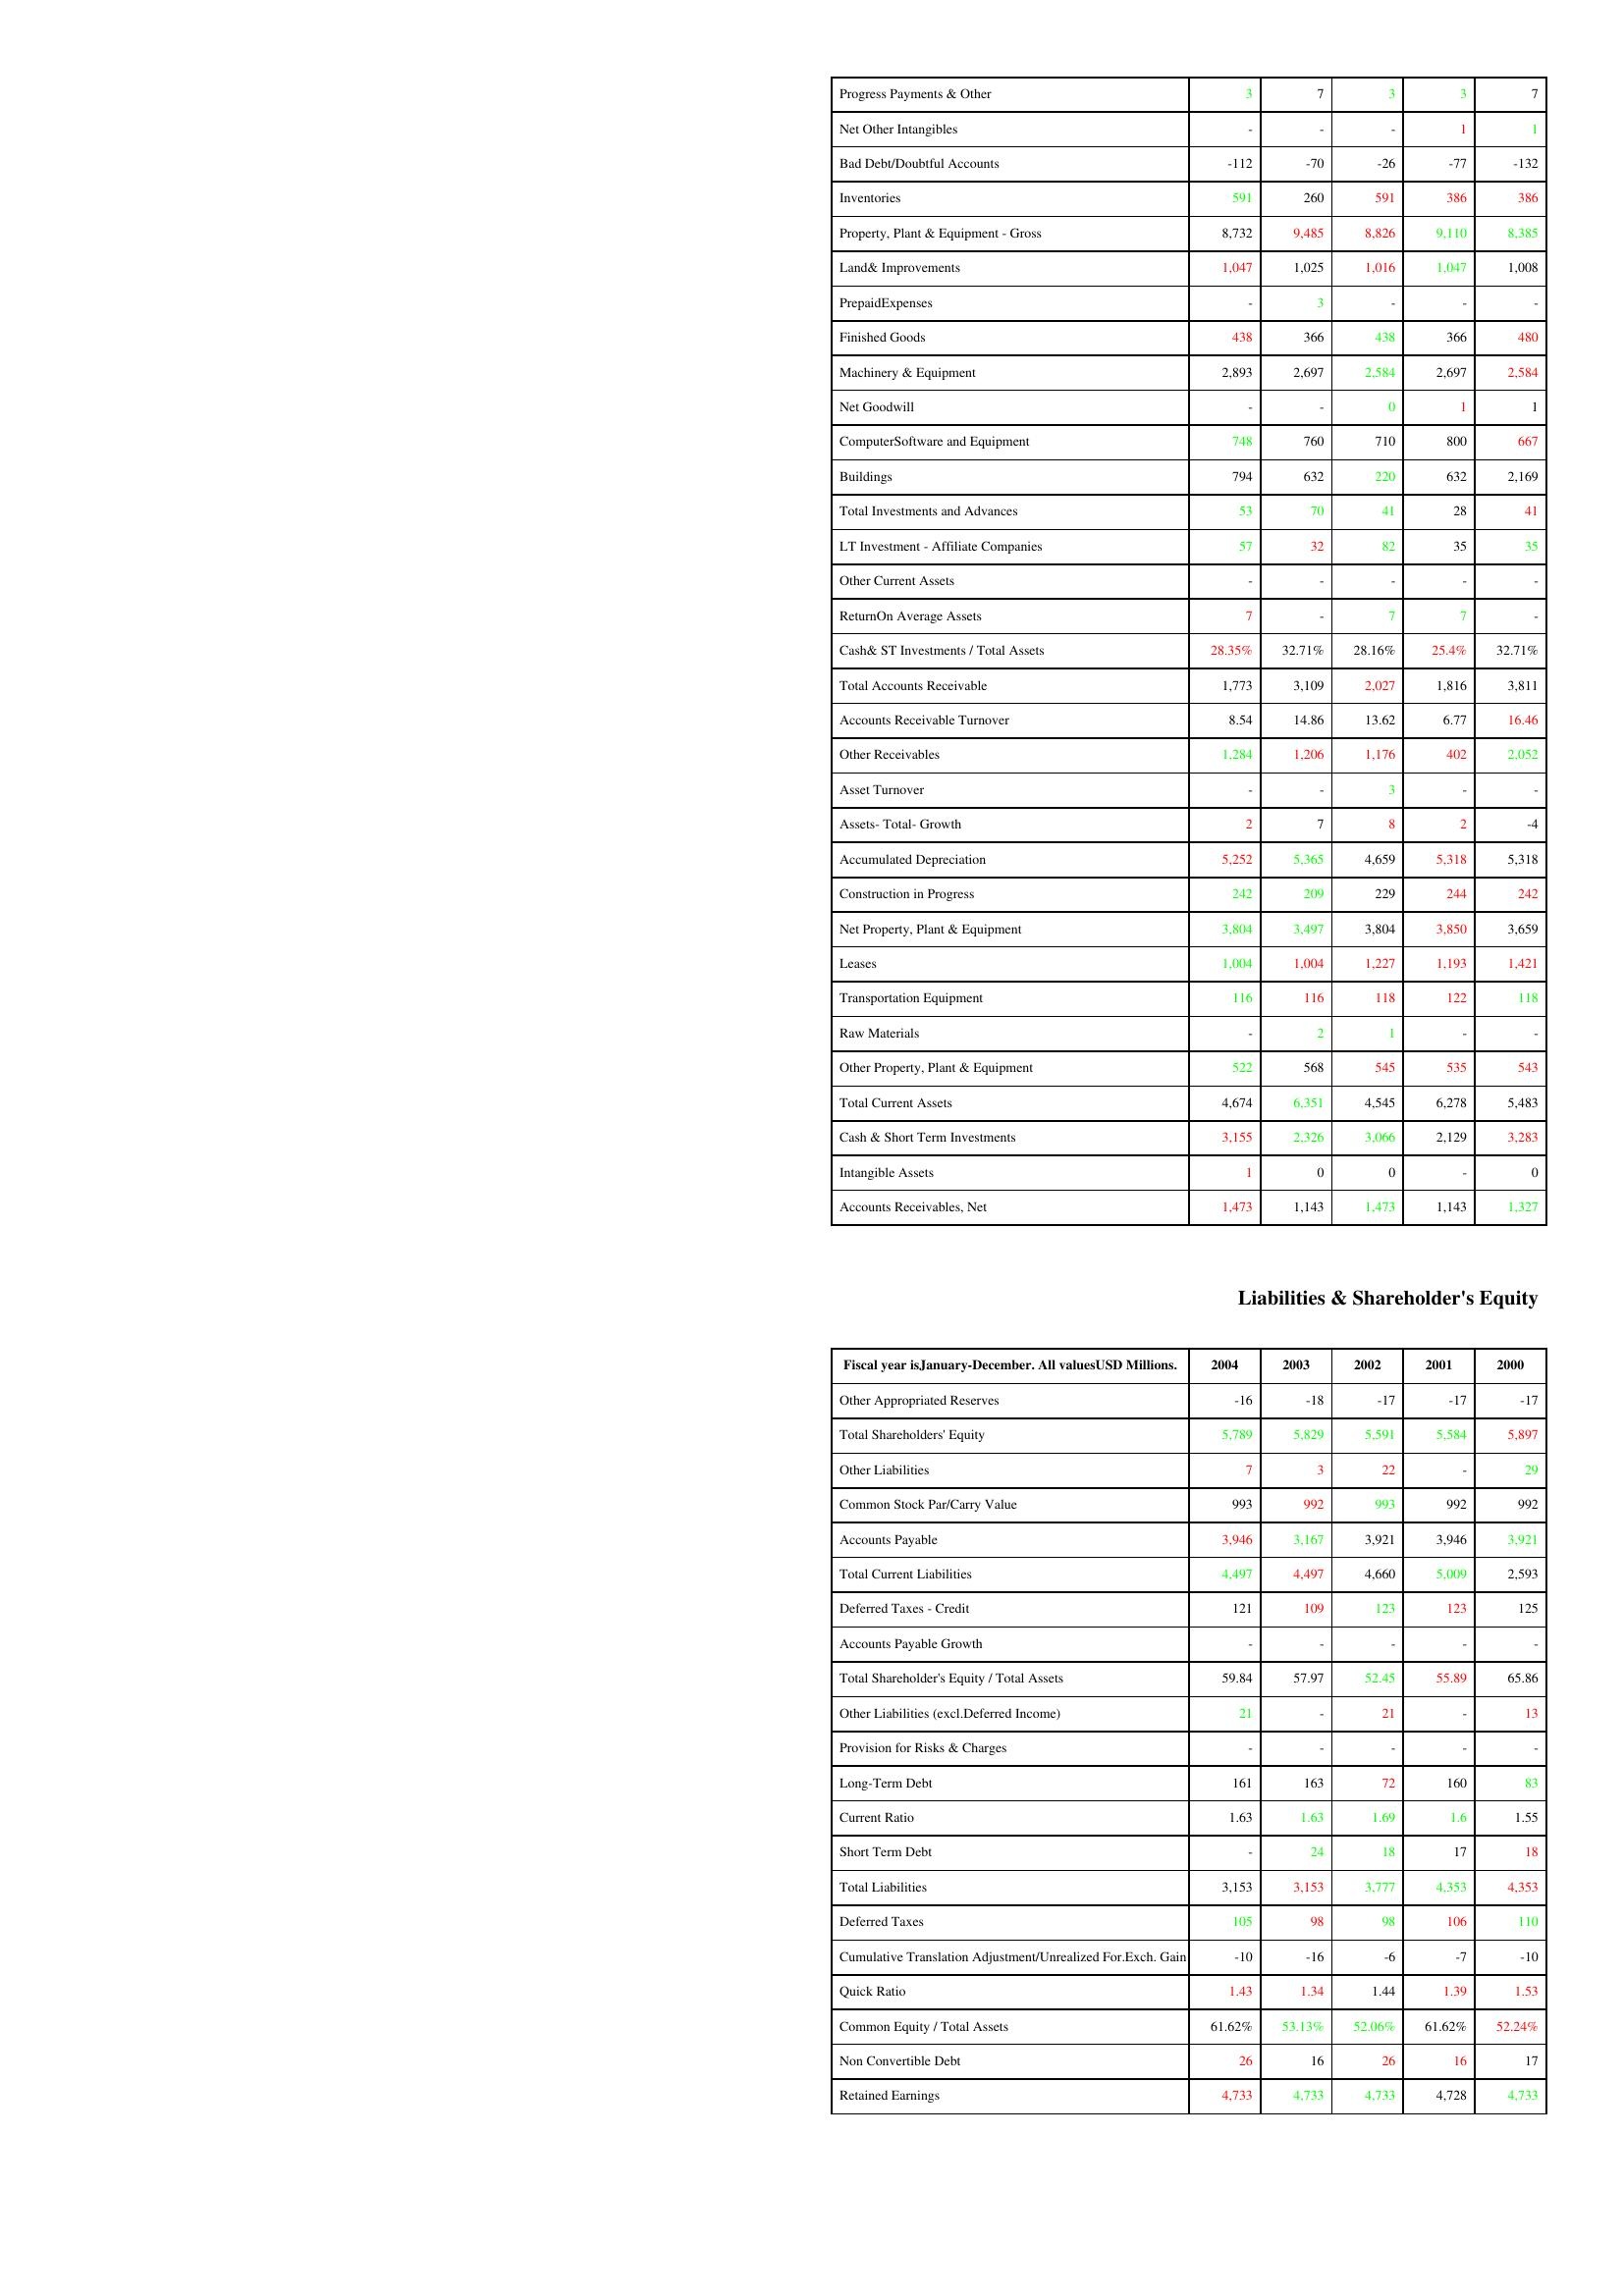
gt_parse: 2004: Assets: Progress Payments & Other: 3
Net Other Intangibles: -
Bad Debt/Doubtful Accounts: -112
Inventories: 591
Property, Plant & Equipment - Gross : 8,732
Land& Improvements: 1,047
PrepaidExpenses: -
Finished Goods: 438
Machinery & Equipment: 2,893
Net Goodwill: -
ComputerSoftware and Equipment: 748
Buildings: 794
Total Investments and Advances: 53
LT Investment - Affiliate Companies: 57
Other Current Assets: -
ReturnOn Average Assets: 7
Cash& ST Investments / Total Assets: 28.35%
Total Accounts Receivable: 1,773
Accounts Receivable Turnover: 8.54
Other Receivables: 1,284
Asset Turnover: -
Assets- Total- Growth: 2
Accumulated Depreciation: 5,252
Construction in Progress: 242
Net Property, Plant & Equipment: 3,804
Leases: 1,004
Transportation Equipment: 116
Raw Materials: -
Other Property, Plant & Equipment: 522
Total Current Assets: 4,674
Cash & Short Term Investments: 3,155
Intangible Assets: 1
Accounts Receivables, Net: 1,473
Liabilities & Shareholder's Equity: Other Appropriated Reserves: -16
Total Shareholders' Equity: 5,789
Other Liabilities: 7
Common Stock Par/Carry Value: 993
Accounts Payable: 3,946
Total Current Liabilities: 4,497
Deferred Taxes - Credit: 121
Accounts Payable Growth: -
Total Shareholder's Equity / Total Assets: 59.84
Other Liabilities (excl.Deferred Income): 21
Provision for Risks & Charges: -
Long-Term Debt: 161
Current Ratio: 1.63
Short Term Debt: -
Total Liabilities: 3,153
Deferred Taxes: 105
Cumulative Translation Adjustment/Unrealized For.Exch. Gain: -10
Quick Ratio: 1.43
Common Equity / Total Assets: 61.62%
Non Convertible Debt: 26
Retained Earnings: 4,733
2003: Assets: Progress Payments & Other: 7
Net Other Intangibles: -
Bad Debt/Doubtful Accounts: -70
Inventories: 260
Property, Plant & Equipment - Gross : 9,485
Land& Improvements: 1,025
PrepaidExpenses: 3
Finished Goods: 366
Machinery & Equipment: 2,697
Net Goodwill: -
ComputerSoftware and Equipment: 760
Buildings: 632
Total Investments and Advances: 70
LT Investment - Affiliate Companies: 32
Other Current Assets: -
ReturnOn Average Assets: -
Cash& ST Investments / Total Assets: 32.71%
Total Accounts Receivable: 3,109
Accounts Receivable Turnover: 14.86
Other Receivables: 1,206
Asset Turnover: -
Assets- Total- Growth: 7
Accumulated Depreciation: 5,365
Construction in Progress: 209
Net Property, Plant & Equipment: 3,497
Leases: 1,004
Transportation Equipment: 116
Raw Materials: 2
Other Property, Plant & Equipment: 568
Total Current Assets: 6,351
Cash & Short Term Investments: 2,326
Intangible Assets: 0
Accounts Receivables, Net: 1,143
Liabilities & Shareholder's Equity: Other Appropriated Reserves: -18
Total Shareholders' Equity: 5,829
Other Liabilities: 3
Common Stock Par/Carry Value: 992
Accounts Payable: 3,167
Total Current Liabilities: 4,497
Deferred Taxes - Credit: 109
Accounts Payable Growth: -
Total Shareholder's Equity / Total Assets: 57.97
Other Liabilities (excl.Deferred Income): -
Provision for Risks & Charges: -
Long-Term Debt: 163
Current Ratio: 1.63
Short Term Debt: 24
Total Liabilities: 3,153
Deferred Taxes: 98
Cumulative Translation Adjustment/Unrealized For.Exch. Gain: -16
Quick Ratio: 1.34
Common Equity / Total Assets: 53.13%
Non Convertible Debt: 16
Retained Earnings: 4,733
2002: Assets: Progress Payments & Other: 3
Net Other Intangibles: -
Bad Debt/Doubtful Accounts: -26
Inventories: 591
Property, Plant & Equipment - Gross : 8,826
Land& Improvements: 1,016
PrepaidExpenses: -
Finished Goods: 438
Machinery & Equipment: 2,584
Net Goodwill: 0
ComputerSoftware and Equipment: 710
Buildings: 220
Total Investments and Advances: 41
LT Investment - Affiliate Companies: 82
Other Current Assets: -
ReturnOn Average Assets: 7
Cash& ST Investments / Total Assets: 28.16%
Total Accounts Receivable: 2,027
Accounts Receivable Turnover: 13.62
Other Receivables: 1,176
Asset Turnover: 3
Assets- Total- Growth: 8
Accumulated Depreciation: 4,659
Construction in Progress: 229
Net Property, Plant & Equipment: 3,804
Leases: 1,227
Transportation Equipment: 118
Raw Materials: 1
Other Property, Plant & Equipment: 545
Total Current Assets: 4,545
Cash & Short Term Investments: 3,066
Intangible Assets: 0
Accounts Receivables, Net: 1,473
Liabilities & Shareholder's Equity: Other Appropriated Reserves: -17
Total Shareholders' Equity: 5,591
Other Liabilities: 22
Common Stock Par/Carry Value: 993
Accounts Payable: 3,921
Total Current Liabilities: 4,660
Deferred Taxes - Credit: 123
Accounts Payable Growth: -
Total Shareholder's Equity / Total Assets: 52.45
Other Liabilities (excl.Deferred Income): 21
Provision for Risks & Charges: -
Long-Term Debt: 72
Current Ratio: 1.69
Short Term Debt: 18
Total Liabilities: 3,777
Deferred Taxes: 98
Cumulative Translation Adjustment/Unrealized For.Exch. Gain: -6
Quick Ratio: 1.44
Common Equity / Total Assets: 52.06%
Non Convertible Debt: 26
Retained Earnings: 4,733
2001: Assets: Progress Payments & Other: 3
Net Other Intangibles: 1
Bad Debt/Doubtful Accounts: -77
Inventories: 386
Property, Plant & Equipment - Gross : 9,110
Land& Improvements: 1,047
PrepaidExpenses: -
Finished Goods: 366
Machinery & Equipment: 2,697
Net Goodwill: 1
ComputerSoftware and Equipment: 800
Buildings: 632
Total Investments and Advances: 28
LT Investment - Affiliate Companies: 35
Other Current Assets: -
ReturnOn Average Assets: 7
Cash& ST Investments / Total Assets: 25.4%
Total Accounts Receivable: 1,816
Accounts Receivable Turnover: 6.77
Other Receivables: 402
Asset Turnover: -
Assets- Total- Growth: 2
Accumulated Depreciation: 5,318
Construction in Progress: 244
Net Property, Plant & Equipment: 3,850
Leases: 1,193
Transportation Equipment: 122
Raw Materials: -
Other Property, Plant & Equipment: 535
Total Current Assets: 6,278
Cash & Short Term Investments: 2,129
Intangible Assets: -
Accounts Receivables, Net: 1,143
Liabilities & Shareholder's Equity: Other Appropriated Reserves: -17
Total Shareholders' Equity: 5,584
Other Liabilities: -
Common Stock Par/Carry Value: 992
Accounts Payable: 3,946
Total Current Liabilities: 5,009
Deferred Taxes - Credit: 123
Accounts Payable Growth: -
Total Shareholder's Equity / Total Assets: 55.89
Other Liabilities (excl.Deferred Income): -
Provision for Risks & Charges: -
Long-Term Debt: 160
Current Ratio: 1.6
Short Term Debt: 17
Total Liabilities: 4,353
Deferred Taxes: 106
Cumulative Translation Adjustment/Unrealized For.Exch. Gain: -7
Quick Ratio: 1.39
Common Equity / Total Assets: 61.62%
Non Convertible Debt: 16
Retained Earnings: 4,728
2000: Assets: Progress Payments & Other: 7
Net Other Intangibles: 1
Bad Debt/Doubtful Accounts: -132
Inventories: 386
Property, Plant & Equipment - Gross : 8,385
Land& Improvements: 1,008
PrepaidExpenses: -
Finished Goods: 480
Machinery & Equipment: 2,584
Net Goodwill: 1
ComputerSoftware and Equipment: 667
Buildings: 2,169
Total Investments and Advances: 41
LT Investment - Affiliate Companies: 35
Other Current Assets: -
ReturnOn Average Assets: -
Cash& ST Investments / Total Assets: 32.71%
Total Accounts Receivable: 3,811
Accounts Receivable Turnover: 16.46
Other Receivables: 2,052
Asset Turnover: -
Assets- Total- Growth: -4
Accumulated Depreciation: 5,318
Construction in Progress: 242
Net Property, Plant & Equipment: 3,659
Leases: 1,421
Transportation Equipment: 118
Raw Materials: -
Other Property, Plant & Equipment: 543
Total Current Assets: 5,483
Cash & Short Term Investments: 3,283
Intangible Assets: 0
Accounts Receivables, Net: 1,327
Liabilities & Shareholder's Equity: Other Appropriated Reserves: -17
Total Shareholders' Equity: 5,897
Other Liabilities: 29
Common Stock Par/Carry Value: 992
Accounts Payable: 3,921
Total Current Liabilities: 2,593
Deferred Taxes - Credit: 125
Accounts Payable Growth: -
Total Shareholder's Equity / Total Assets: 65.86
Other Liabilities (excl.Deferred Income): 13
Provision for Risks & Charges: -
Long-Term Debt: 83
Current Ratio: 1.55
Short Term Debt: 18
Total Liabilities: 4,353
Deferred Taxes: 110
Cumulative Translation Adjustment/Unrealized For.Exch. Gain: -10
Quick Ratio: 1.53
Common Equity / Total Assets: 52.24%
Non Convertible Debt: 17
Retained Earnings: 4,733